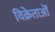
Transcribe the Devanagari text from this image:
विक्रेताऒं